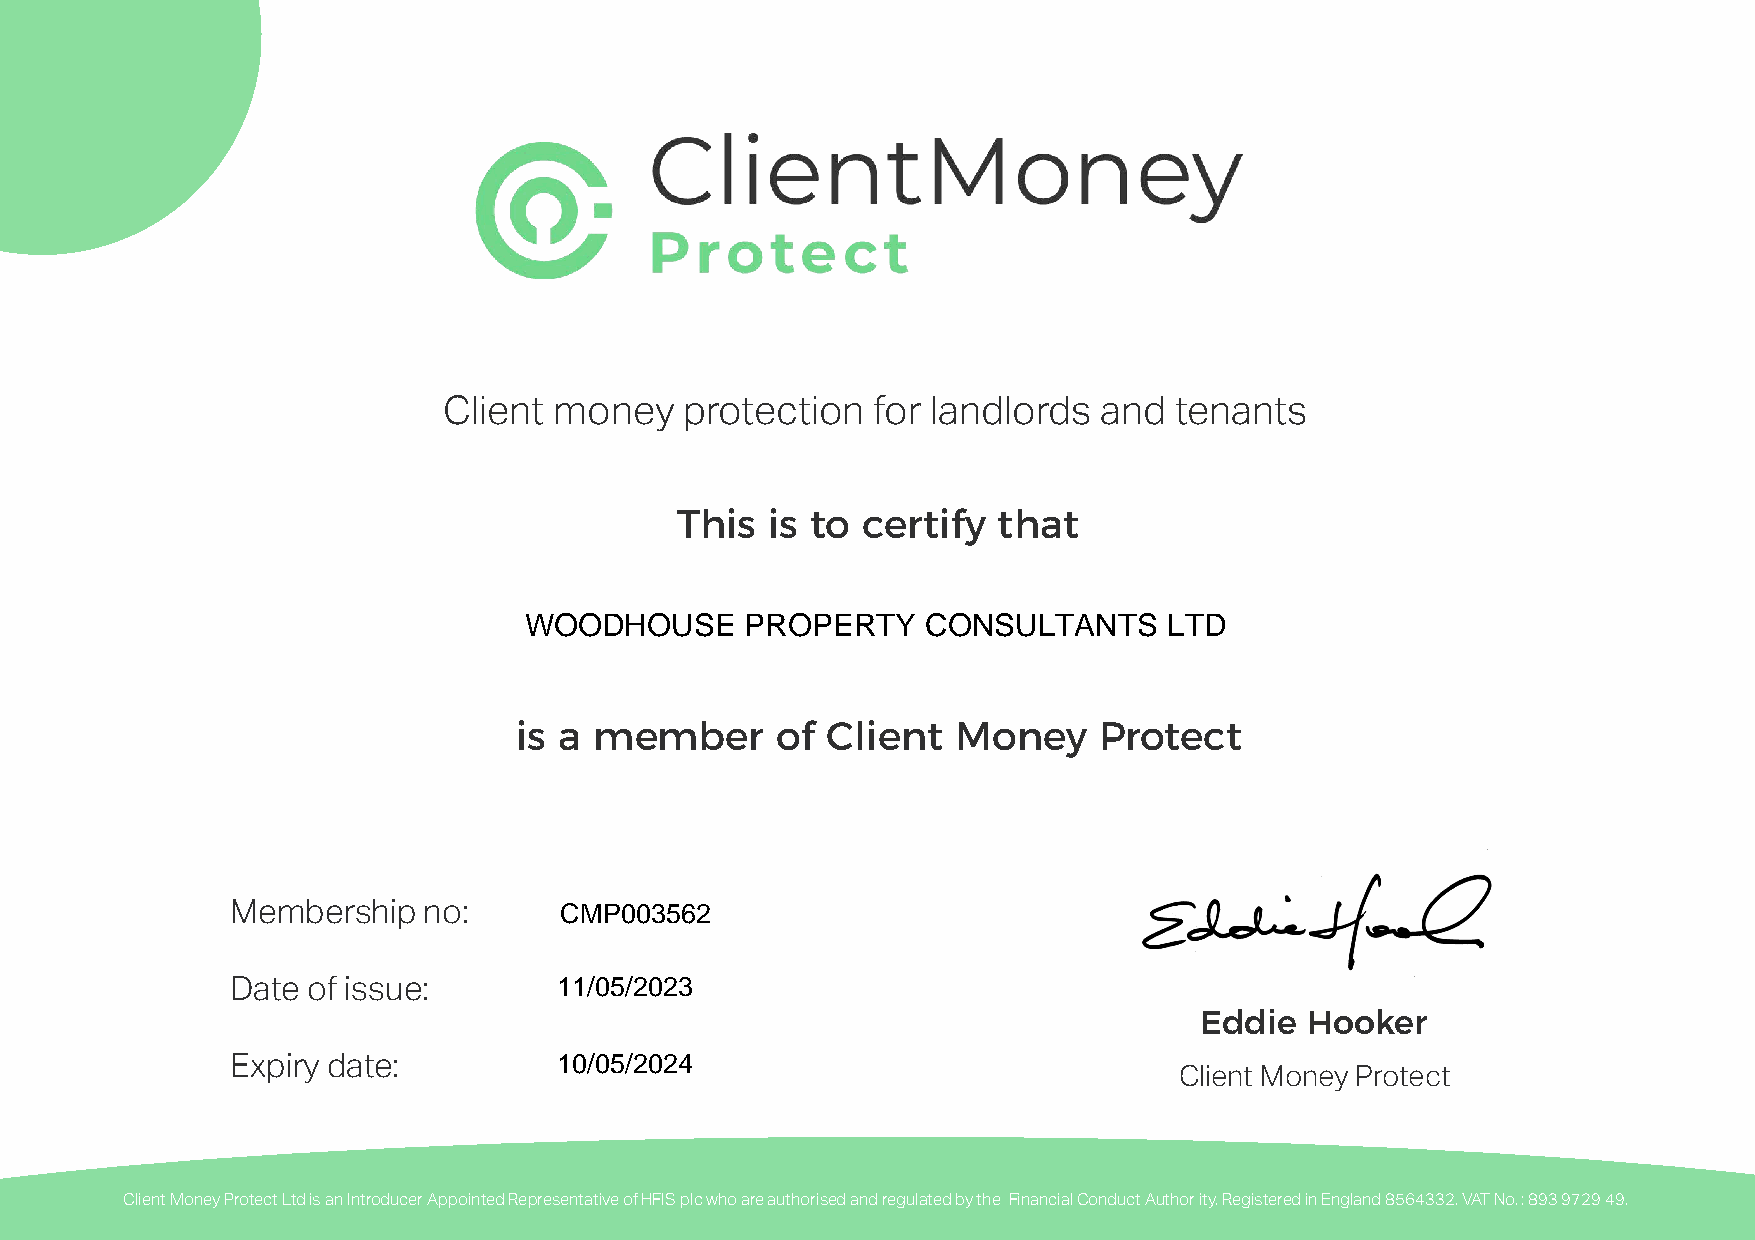
Client  money   protection   for landlords  and  tenants
 This  is to certify  that
 WOODHOUSE     PROPERTY    CONSULTANTS     LTD
 is a member      of  Client  Money     Protect
 CMP003562
 Membership   no:
 11/05/2023
 Date of issue:
 Eddie  Hooker
 10/05/2024
 Expiry date:
 Client Money Protect
 Client Money Protect Ltd is an Introducer Appointed Representative of HFIS plc who are authorised and regulated by the Financial Conduct Author ity. Registered in England 8564332. VAT No. : 893 9729 49.